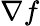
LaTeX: \nabla f